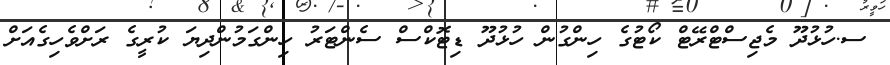
ސ.ހުޅުދޫ މެޖިސްޓްރޭޓް ކޯޓުގެ ހިންގުން ހުޅުދޫ ޑިޓޮކްސް ސެންޓަރު ހިންގަމުންދިޔަ ކުރީގެ ރަށްވެހިގެއަށް